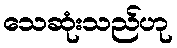
သေဆုံးသည်ဟု